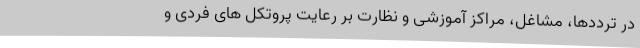
در ترددها، مشاغل، مراکز آموزشی و نظارت بر رعایت پروتکل های فردی و